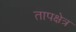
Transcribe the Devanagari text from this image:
तापक्षेत्र